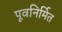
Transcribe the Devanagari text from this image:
पूवनिर्मित